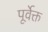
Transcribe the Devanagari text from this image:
पूर्वेक्त